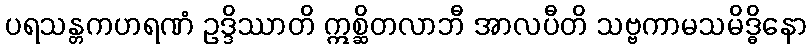
ပရသန္တကဟရဏံ ဥဒ္ဒိဿာတိ ဣစ္ဆိတလာဘီ အာလပီတိ သဗ္ဗကာမသမိဒ္ဓိနော